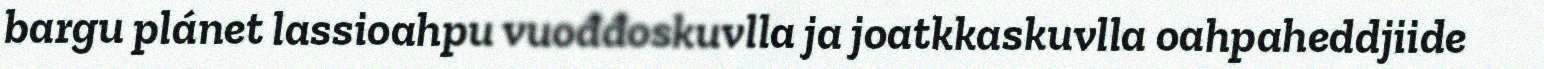
bargu plánet lassioahpu vuođđoskuvlla ja joatkkaskuvlla oahpaheddjiide